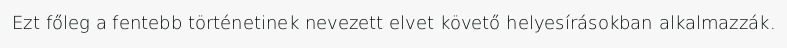
Ezt főleg a fentebb történetinek nevezett elvet követő helyesírásokban alkalmazzák.